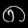
Digit: ၈